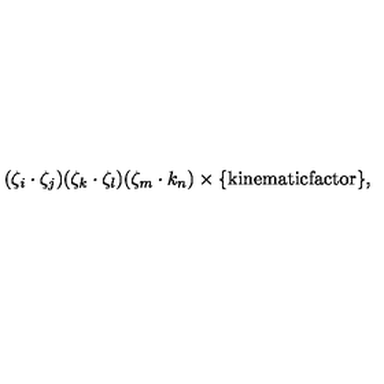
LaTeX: ( \zeta _ { i } \cdot \zeta _ { j } ) ( \zeta _ { k } \cdot \zeta _ { l } ) ( \zeta _ { m } \cdot k _ { n } ) \times \{ \mathrm { k i n e m a t i c f a c t o r } \} ,